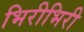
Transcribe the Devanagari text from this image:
भिरीभिरी